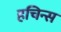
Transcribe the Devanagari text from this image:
हचिन्स